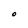
Character: O